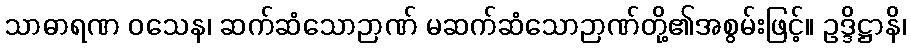
သာဓာရဏ ဝသေန၊ ဆက်ဆံသောဉာဏ် မဆက်ဆံသောဉာဏ်တို့၏အစွမ်းဖြင့်။ ဥဒ္ဒိဋ္ဌာနိ၊